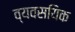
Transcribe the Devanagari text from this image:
व्यवसयिक